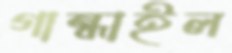
গান্ধাইল